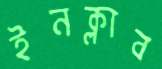
ইনক্লাব